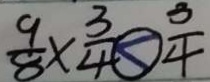
\frac { 9 } { 8 } \times \frac { 3 } { 4 } \textcircled { < } \frac { 3 } { 4 }